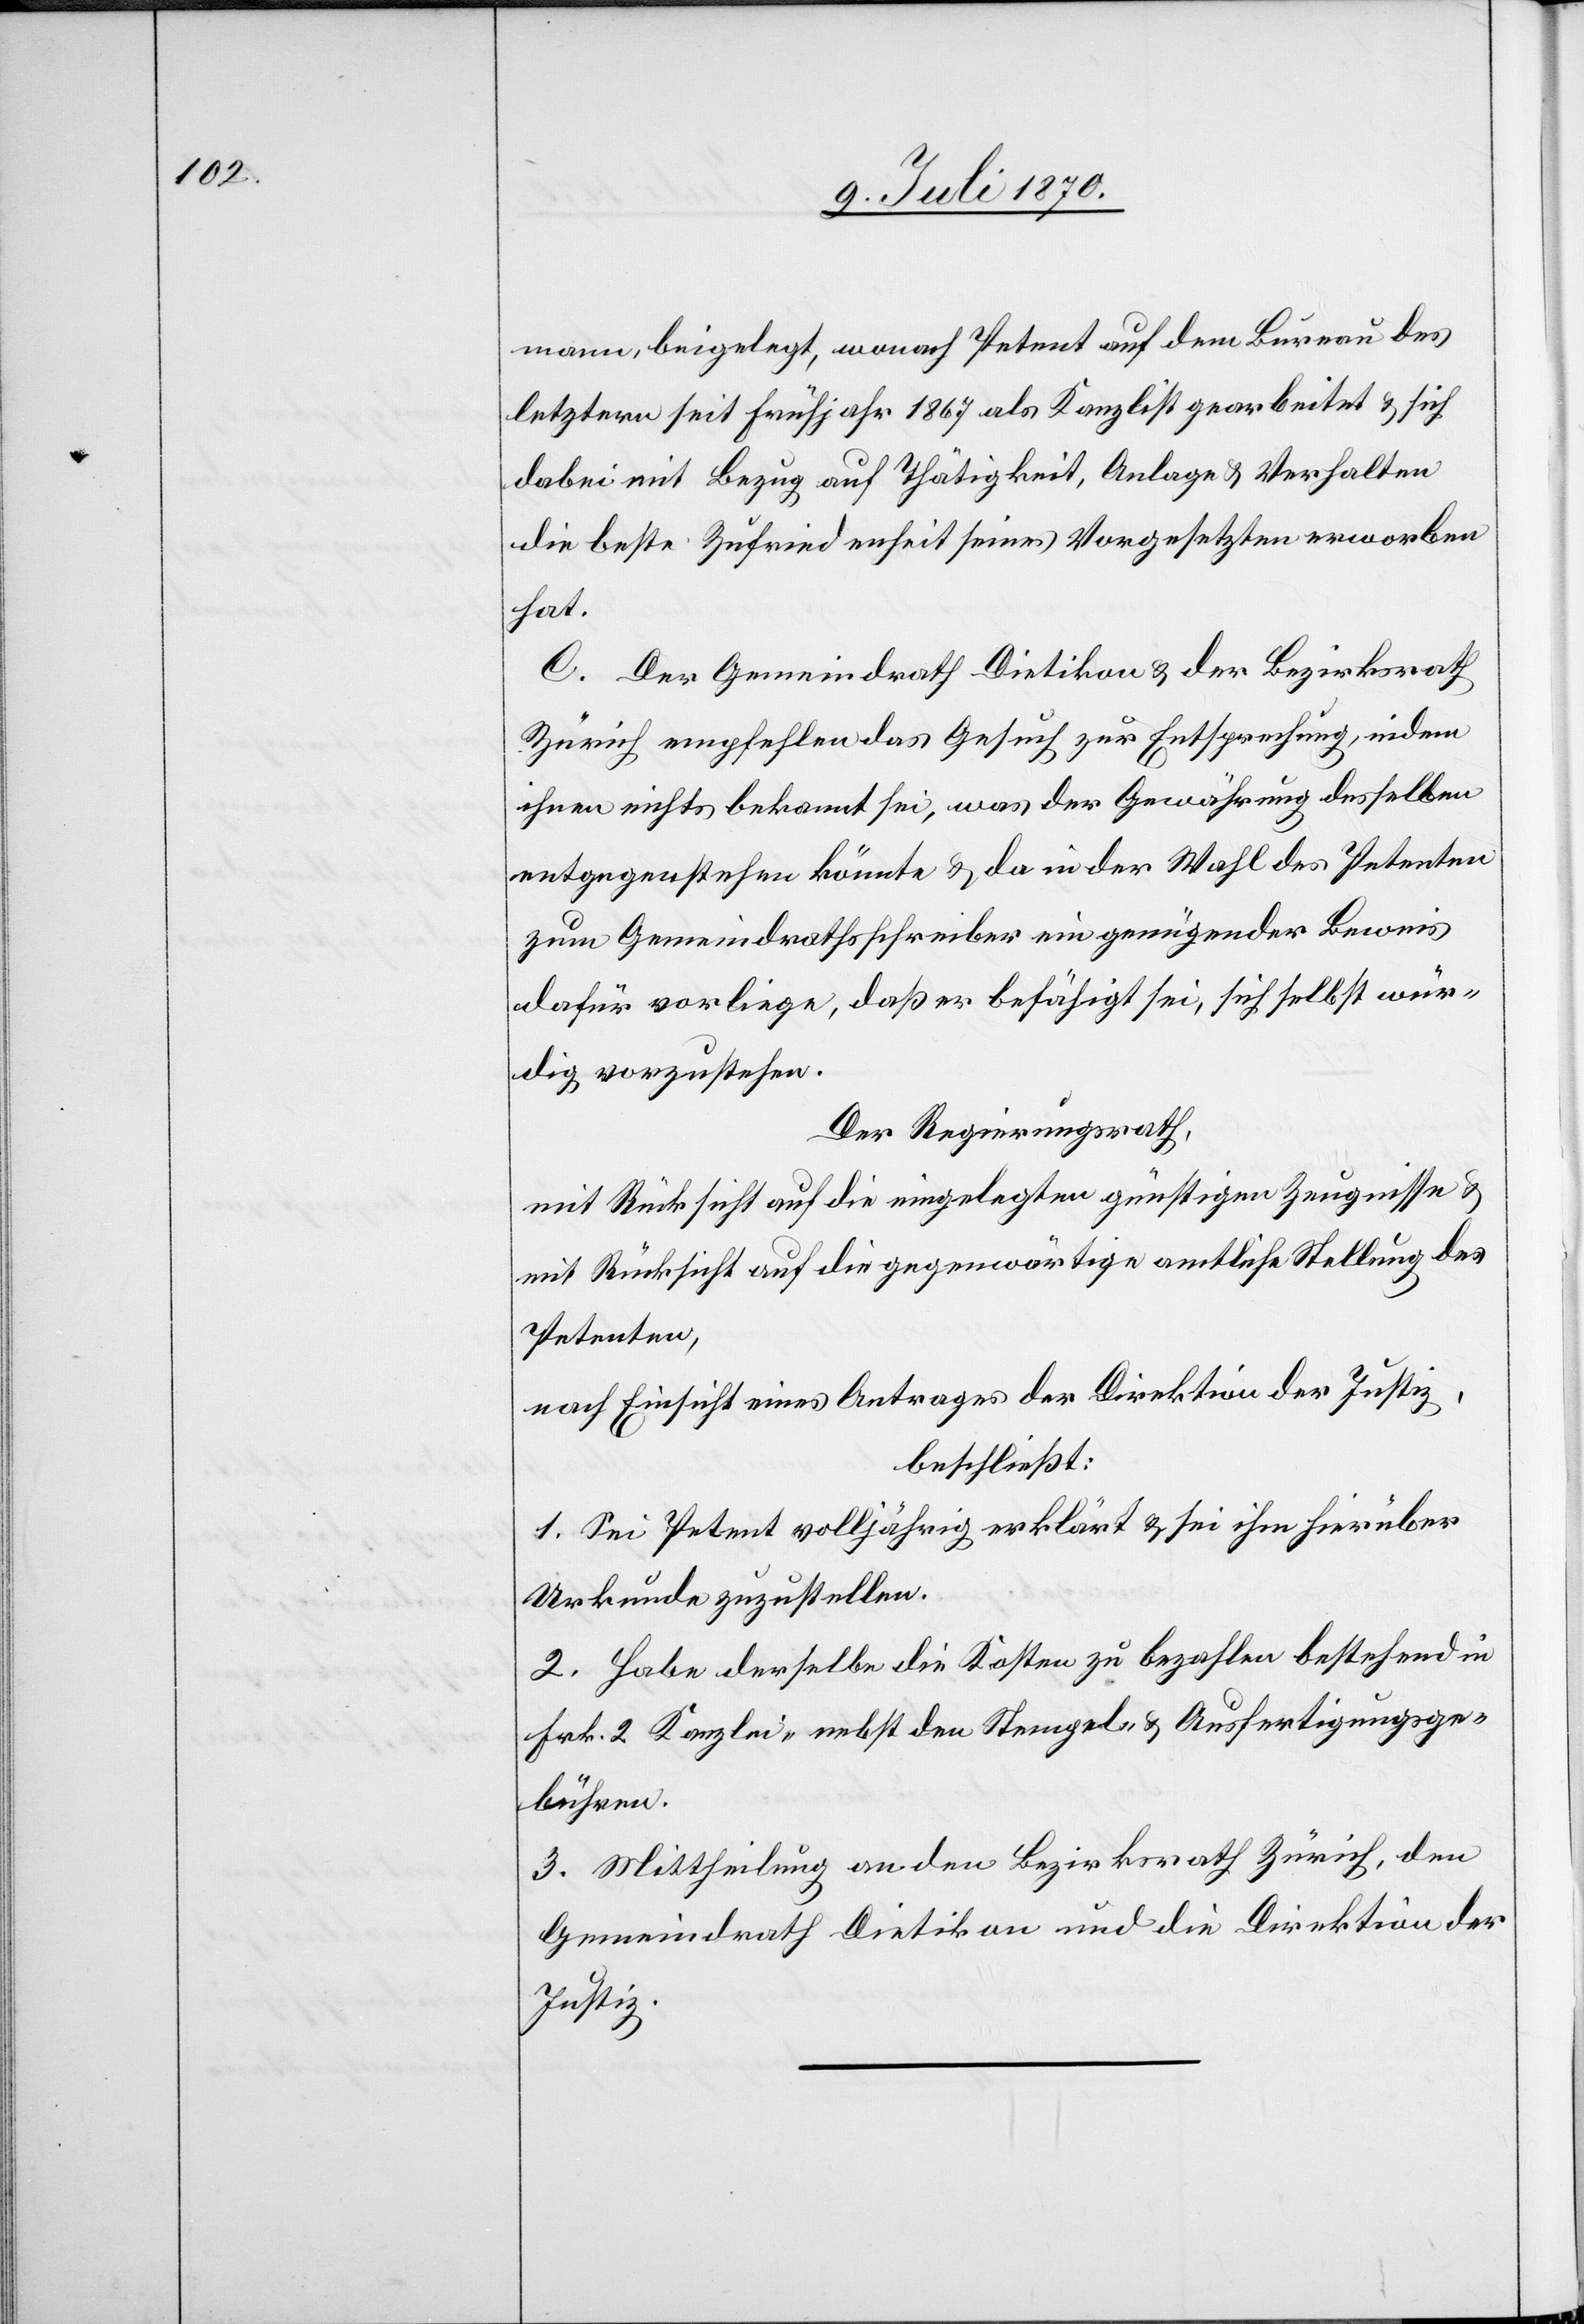
mann beigelegt, wonach Petent auf dem Bureau des
letztern seit Frühjahr 1867 als Kanzlist gearbeitet & sich
dabei mit Bezug auf Thätigkeit, Anlage & Verhalten
die beste Zufriedenheit seines Vorgesetzten erworben
hat.
C. Der Gemeindrath Dietikon & der Bezirksrath
Zürich empfehlen das Gesuch zur Entsprechung, indem
ihnen nichts bekannt sei, was der Gewährung desselben
entgegenstehen könnte & da in der Wahl des Petenten
zum Gemeindrathsschreiber ein genügender Beweis
dafür vorliege, daß er befähigt sei, sich selbst wür¬
dig vorzustehen.
Der Regierungsrath,
mit Rücksicht auf die eingelegten günstigen Zeugnisse &
mit Rücksicht auf die gegenwärtige amtliche Stellung des
Petenten,
nach Einsicht eines Antrages der Direktion der Justiz,
beschließt:
1. Sei Petent volljährig erklärt & sei ihm hierüber
Urkunde zuzustellen.
2. Habe derselbe die Kosten zu bezahlen bestehend in
Frk. 2 Kanzlei- nebst den Stempel- & Ausfertigungsge¬
bühren.
3. Mittheilung an den Bezirksrath Zürich, den
Gemeindrath Dietikon und die Direktion der
Justiz.